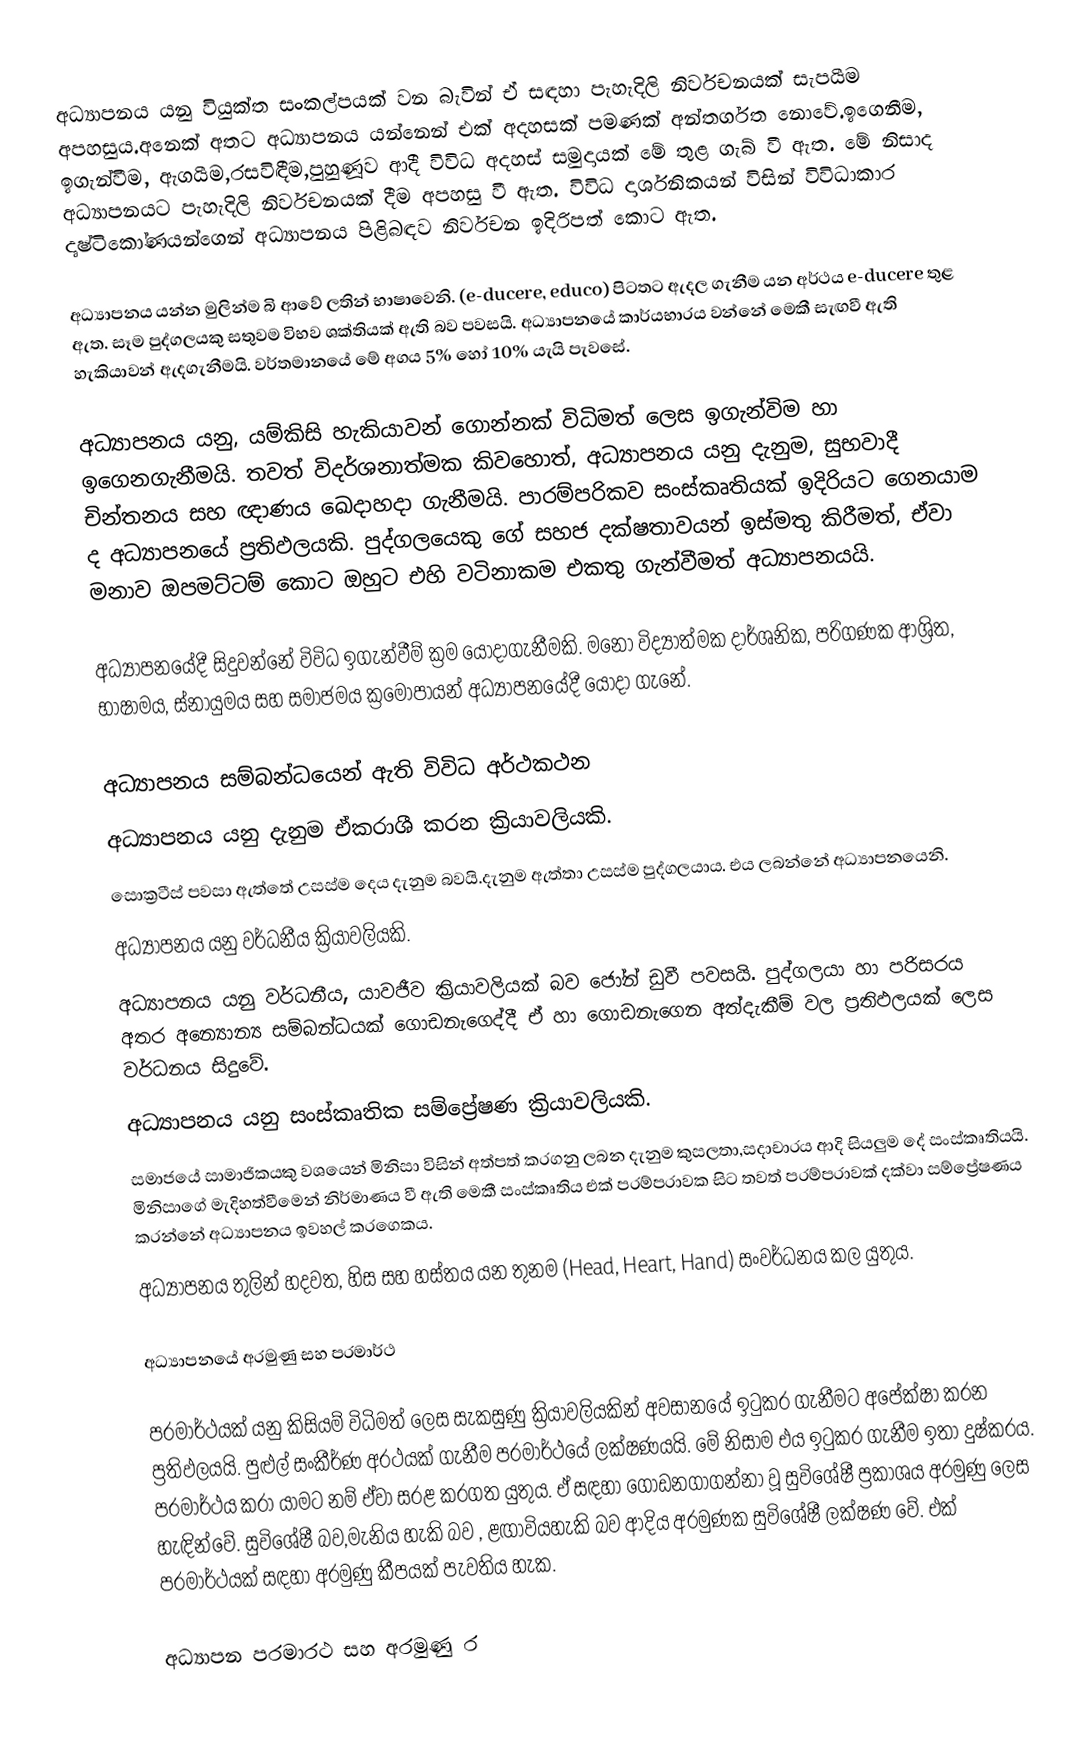
අධ්‍යාපනය යනු වියුක්ත සංකල්පයක් වන බැවින් ඒ සඳහා පැහැදිලි නිර්වචනයක් සැපයීම අපහසුය.අනෙක් අතට අධ්‍යාපනය යන්නෙන් එක් අදහසක් පමණක් අන්තර්ගත නොවේ.ඉගෙනීම, ඉගැන්වීම, ඇගයීම,රසවිඳීම,පුහුණූව ආදී විවිධ අදහස් සමුදායක් මේ තුළ ගැබ් වී ඇත. මේ නිසාද අධ්‍යාපනයට පැහැදිලි නිර්වචනයක් දීම අපහසු වී ඇත. විවිධ දාර්ශනිකයන් විසින් විවිධාකාර දෘෂ්ටිකෝණයන්ගෙන් අධ්‍යාපනය පිළිබඳව නිර්වචන ඉදිරිපත් කොට ඇත.

අධ්‍යාපනය යන්න මුලින්ම බි ආවේ ලතින් භාෂාවෙනි. (e-ducere, educo) පිටතට ඇදල ගැනීම යන අර්ථය e-ducere තුළ ඇත. සෑම පුද්ගලයකු සතුවම විභව ශක්තියක් ඇති බව පවසයි. අධ්‍යාපනයේ කාර්යභාරය වන්නේ මෙකී සැඟවී ඇති හැකියාවන් ඇදගැනීමයි. වර්තමානයේ මේ අගය 5% හෝ 10% යැයි පැවසේ.

අධ්‍යාපනය යනු, යම්කිසි හැකියාවන් ගොන්නක් විධිමත් ලෙස ඉගැන්විම හා ඉගෙනගැනීමයි. තවත් විදර්ශනාත්මක කිවහොත්, අධ්‍යාපනය යනු දැනුම, සුභවාදී චින්තනය සහ ඥාණය ඛෙදාහදා ගැනීමයි. පාරම්පරිකව සංස්කෘතියක් ඉදිරියට ගෙනයාම ද අධ්‍යාපනයේ ප්‍රතිඵලයකි. පුද්ගලයෙකු ගේ සහජ දක්ෂතාවයන් ඉස්මතු කිරීමත්, ඒවා මනාව ඔපමට්ටම් කොට ඔහුට එහි වටිනාකම එකතු ගැන්වීමත් අධ්‍යාපනයයි.

අධ්‍යාපනයේදී සිදුවන්නේ විවිධ ඉගැන්වීම් ක්‍රම යොදාගැනීමකි. මනෝ විද්‍යාත්මක දාර්ශනික, පරිගණක ආශ්‍රිත, භාෂාමය, ස්නායුමය සහ සමාජමය ක්‍රමෝපායන් අධ්‍යාපනයේදී යොදා ගැනේ.

අධ්‍යාපනය සම්බන්ධයෙන් ඇති විවිධ අර්ථකථන
 අධ්‍යාපනය යනු දැනුම ඒකරාශී කරන ක්‍රියාවලියකි.
	සොක්‍රටීස් පවසා ඇත්තේ උසස්ම දෙය දැනුම බවයි.දැනුම ඇත්තා උසස්ම පුද්ගලයාය. එය ලබන්නේ අධ්‍යාපනයෙනි.
 අධ්‍යාපනය යනු වර්ධනීය ක්‍රියාවලියකි.
	අධ්‍යාපනය යනු වර්ධනීය, යාවජීව ක්‍රියාවලියක් බව ජෝන් ඩුවී පවසයි. පුද්ගලයා හා පරිසරය අතර අන්‍යොන්‍ය සම්බන්ධයක් ගොඩනැගෙද්දී ඒ හා ගොඩනැගෙන අත්දැකීම් වල ප්‍රතිඵලයක් ලෙස වර්ධනය සිදුවේ.
 අධ්‍යාපනය යනු සංස්කෘතික සම්ප්‍රේෂණ ක්‍රියාවලියකි.
	සමාජයේ සාමාජිකයකු වශයෙන් මිනිසා විසින් අත්පත් කරගනු ලබන දැනුම කුසලතා,සදාචාරය ආදි සියලුම දේ සංස්කෘතියයි. මිනිසාගේ මැදිහත්වීමෙන් නිර්මාණය වී ඇති මෙකී සංස්කෘතිය එක් පරම්පරාවක සිට තවත් පරම්පරාවක් දක්වා සම්ප්‍රේෂණය කරන්නේ අධ්‍යාපනය ඉවහල් කරගෙකය.
 අධ්‍යාපනය තුලින් හදවත, හිස සහ හස්තය යන තුනම (Head, Heart, Hand) සංවර්ධනය කල යුතුය.

අධ්‍යාපනයේ අරමුණු සහ පරමාර්ථ

පරමාර්ථයක් යනු කිසියම් විධිමත් ලෙස සැකසුණු ක්‍රියාවලියකින් අවසානයේ ඉටුකර ගැනීමට අපේක්ෂා කරන ප්‍රතිඵලයයි. පුළුල් සංකීර්ණ අරථයක් ගැනීම පරමාර්ථයේ ලක්ෂණයයි. මේ නිසාම එය ඉටුකර ගැනීම ඉතා දුෂ්කරය. පරමාර්ථය කරා යාමට නම් ඒවා සරළ කරගත යුතුය. ඒ සඳහා ගොඩනගාගන්නා වූ සුවිශේෂී ප්‍රකාශය අරමුණු ලෙස හැඳින්වේ. සුවිශේෂී බව,මැනිය හැකි බව , ළඟාවියහැකි බව ආදිය අරමුණක සුවිශේෂී ලක්ෂණ වේ. එක් පරමාර්ථයක් සඳහා අරමුණු කීපයක් පැවතිය හැක.

අධ්‍යාපන පරමාරථ සහ අරමුණු ර